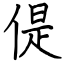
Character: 偍